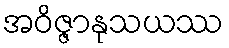
အဝိဇ္ဇာနုသယဿ